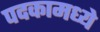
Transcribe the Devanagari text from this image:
पदकामध्ये